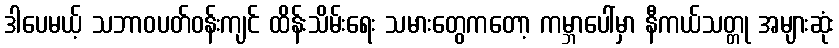
ဒါပေမယ့် သဘာဝပတ်ဝန်းကျင် ထိန်းသိမ်းရေး သမားတွေကတော့ ကမ္ဘာပေါ်မှာ နီကယ်သတ္တု အများဆုံး